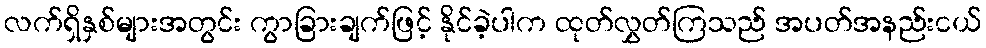
လက်ရှိနှစ်များအတွင်း ကွာခြားချက်ဖြင့် နိုင်ခဲ့ပါက ထုတ်လွှတ်ကြသည် အပတ်အနည်းငယ်